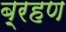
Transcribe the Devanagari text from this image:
ब़्रहण